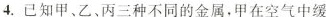
4.已知甲、乙、丙三种不同的金属，甲在空气中缓